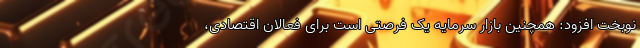
نوبخت افزود: همچنین بازار سرمایه یک فرصتی است برای فعالان اقتصادی،